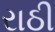
રાઠી